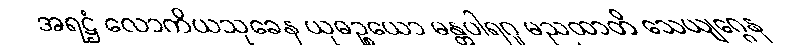
အရဋ္ဌံ လောကိယသုခေန ယုဓဉ္စယော မန္တပါရဂူ မညထာတိ သေယျဂ္ဂေန